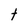
Character: t